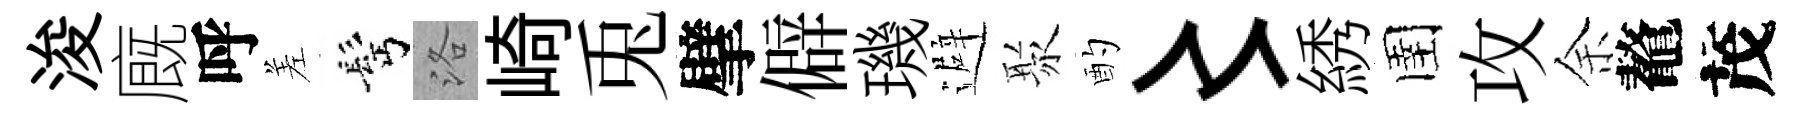
浚廐呼差髩洛崎兎擘僻璣避聚酌〻綉圉攻余鼇茂